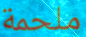
ملحمة